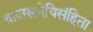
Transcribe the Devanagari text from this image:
वाजसनेयिसंहिता